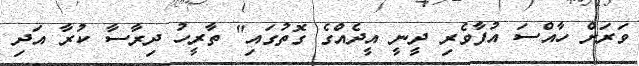
ވަރަށް ހާއްސަ އުފާވެރި ދީނީ އީދެއްގެ ގޮތުގައި" ތާރީހު ދިރާސާ ކުރާ އަދި